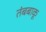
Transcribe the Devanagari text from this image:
तंबबाकू